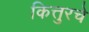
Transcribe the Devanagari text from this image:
कित्तुरचे